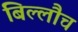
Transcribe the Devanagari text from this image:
बिल्लौच